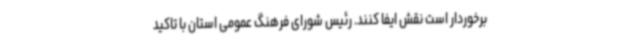
برخوردار است نقش ایفا کنند. رئیس شورای فرهنگ عمومی استان با تاکید